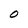
Character: O